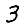
Digit: 3